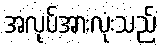
အလုပ်အားလုံးသည်